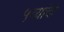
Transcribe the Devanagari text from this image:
५व्यांदा